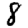
Digit: 8